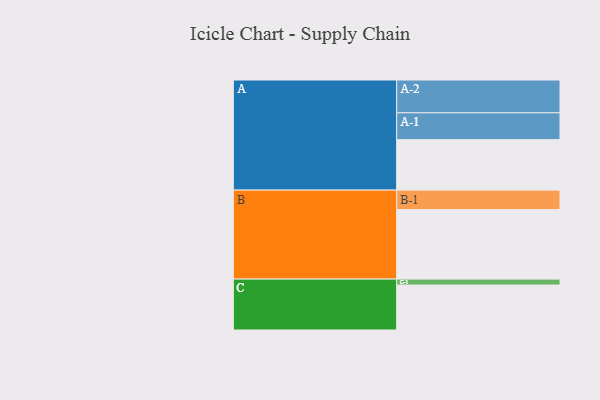
{"axis": {"x": "Segment", "y": "Value"}, "legend": ["", "A", "B", "C"], "data": [{"x": "A", "y": 432, "type": ""}, {"x": "B", "y": 595, "type": ""}, {"x": "C", "y": 385, "type": ""}, {"x": "A-1", "y": 230, "type": "A"}, {"x": "A-2", "y": 281, "type": "A"}, {"x": "B-1", "y": 167, "type": "B"}, {"x": "C-1", "y": 51, "type": "C"}]}